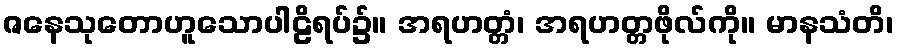
ဇနေသုတောဟူသောပါဠိရပ်၌။ အရဟတ္တံ၊ အရဟတ္တဖိုလ်ကို။ မာနသံတိ၊